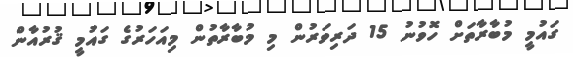
ގައުމީ މުބާރާތަށް ހޮވުނު 15 ދަރިވަރުން މި މުބާރާތުން މިއަހަރުގެ ގައުމީ ޤުރުއާން